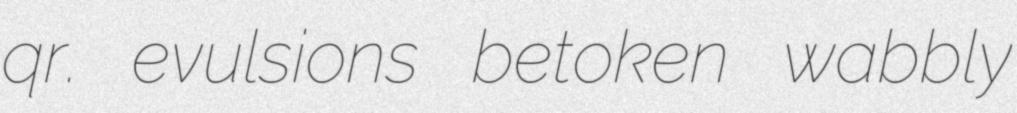
qr. evulsions betoken wabbly